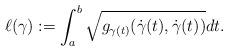
LaTeX: \begin{align*}\ell(\gamma) := \int_{a}^{b} \sqrt{g_{\gamma(t)}(\dot{\gamma}(t), \dot{\gamma}(t))}dt.\end{align*}